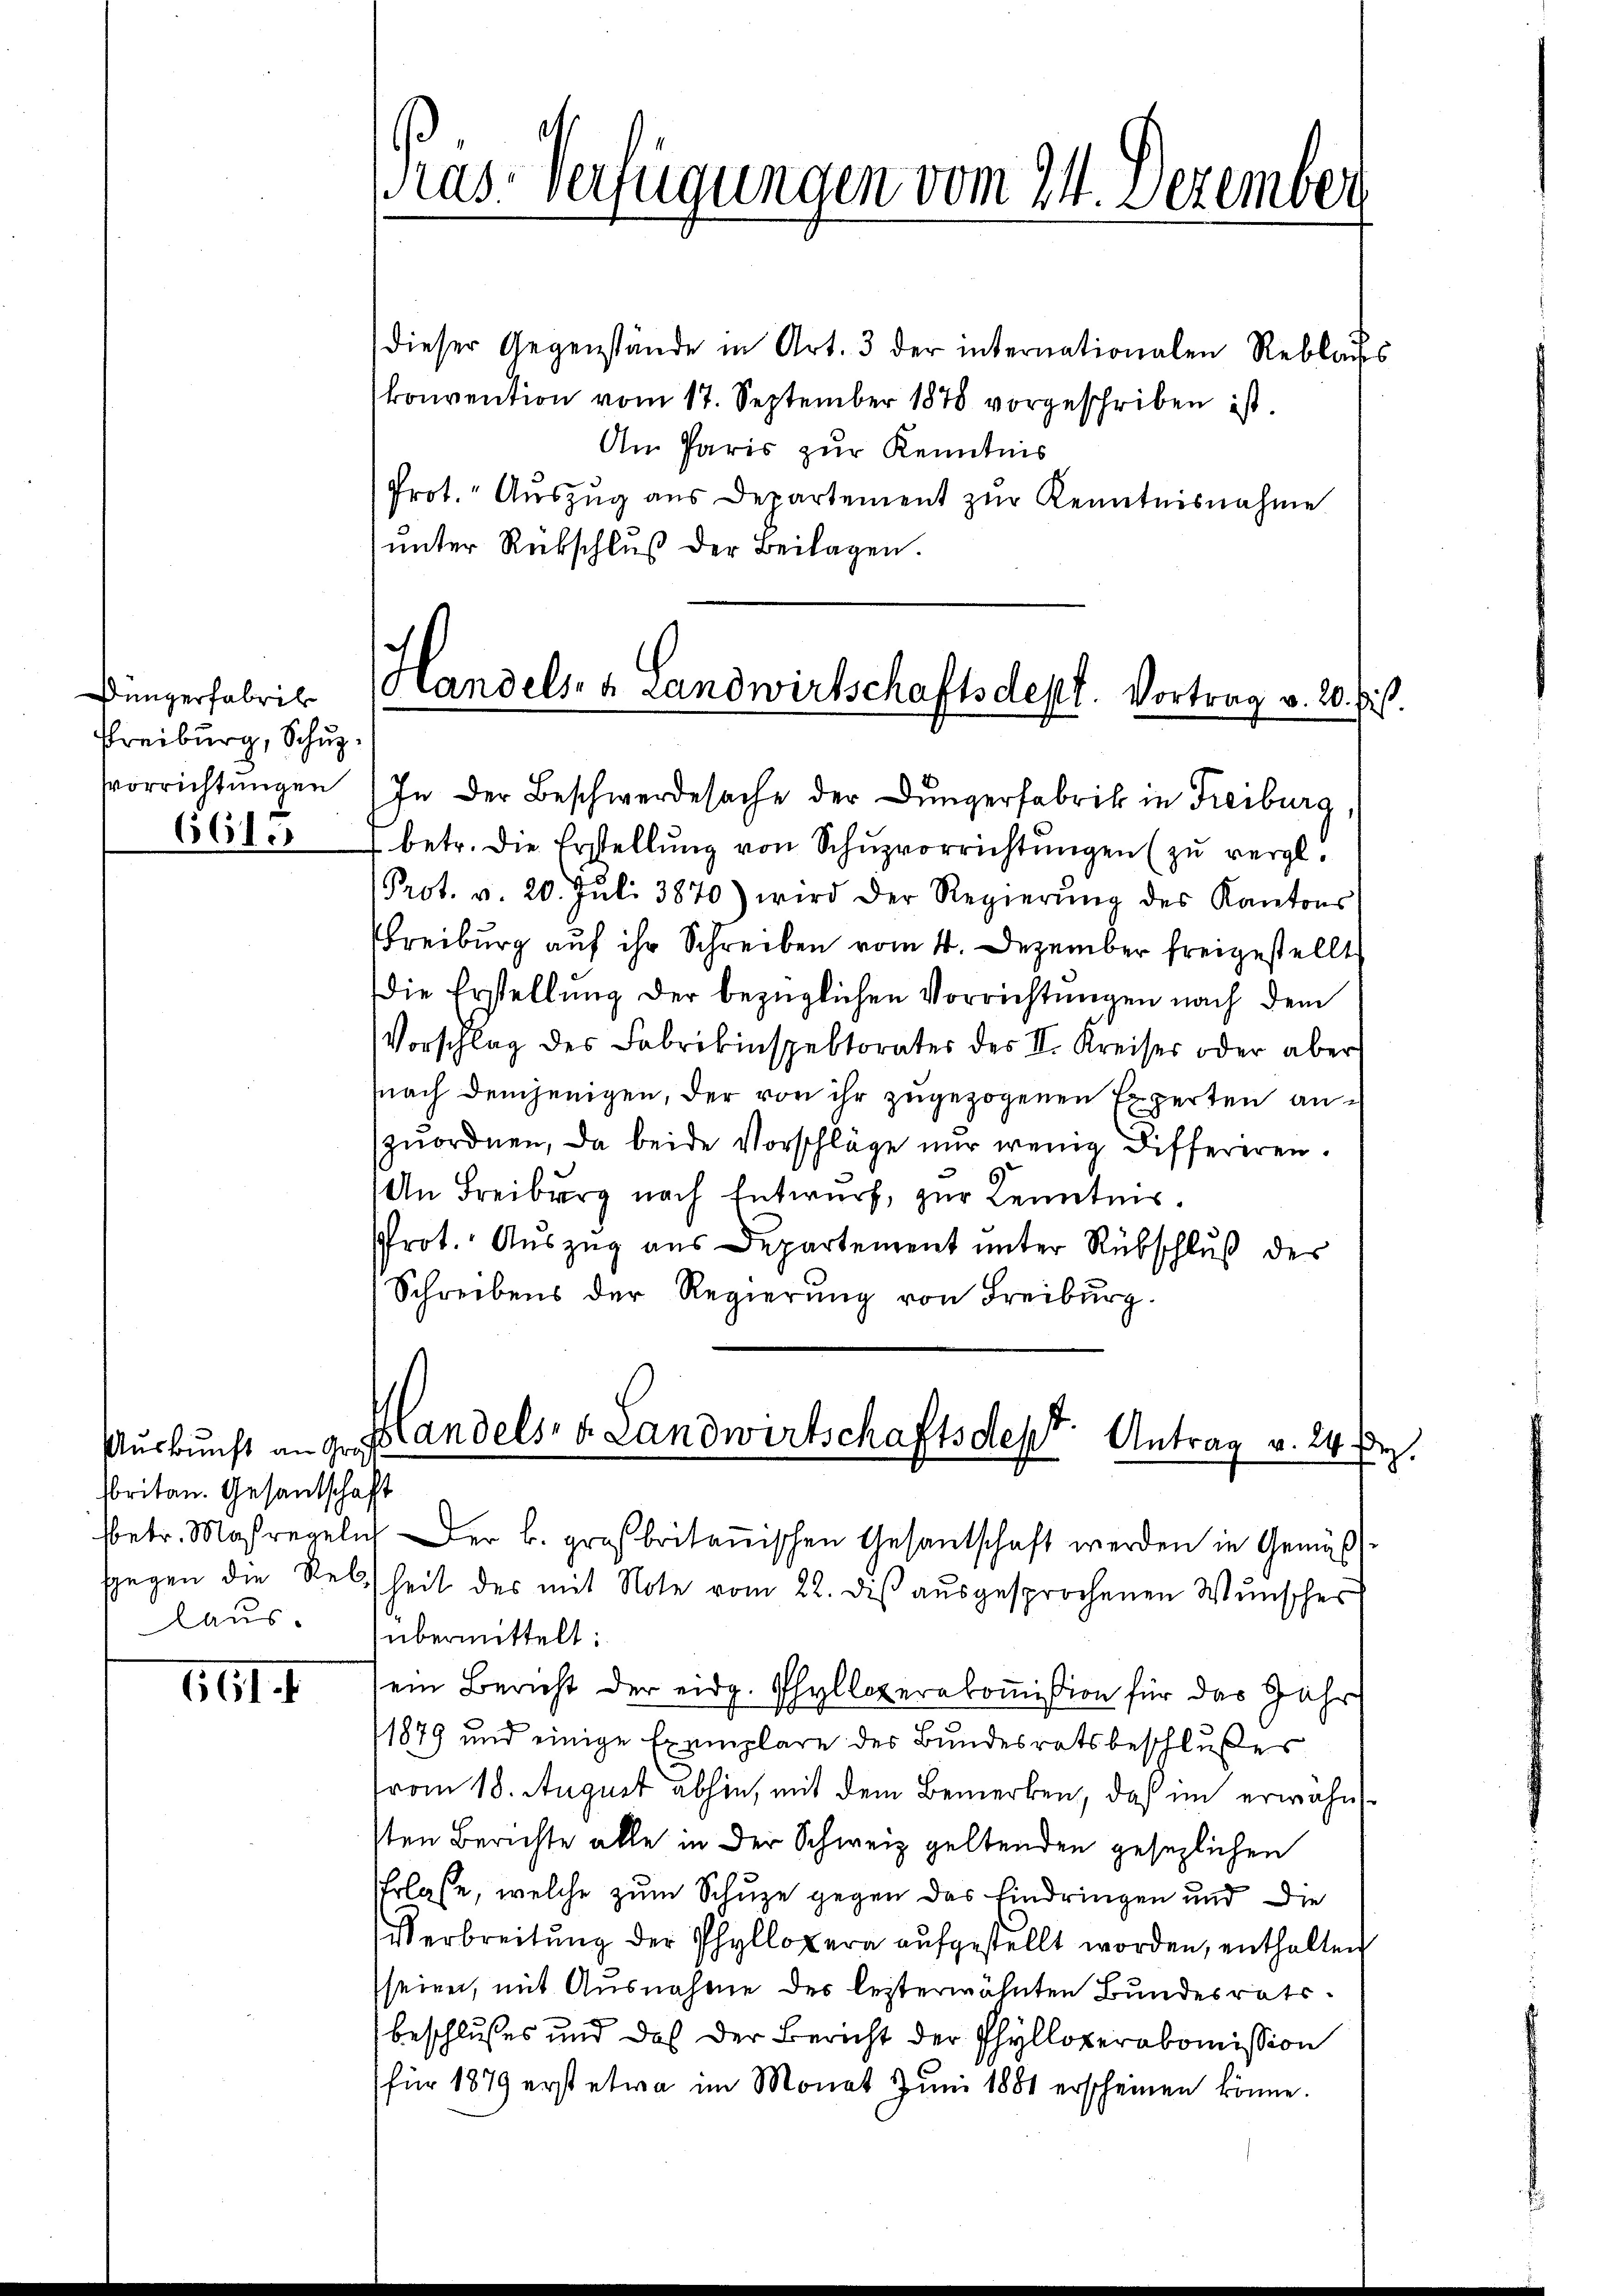
Düngerfabrik
Preiburg, Schup¬
Vorrichtungen

Auskunft an Graf
britan. Gesandtschaft
laus.

661 f

dieser Gegenstände in Art. 3 der internationalen Reblaufs
konvention vom 17. September 1878 vorgeschriben ist.
Am Paris zur Kenntnis
Prot." Aŭszŭg aŭs Departement zŭr Kenntnisnahme
ŭnter Rückschlŭβ der Beilagen.

661. betr. die Erstellŭng von Schŭzvorrichtŭngen (zu vergl.
Prot. v. 20. Juli 3870) wird der Regierŭng des Kantons
Freiburg auf ihr Schreiben vom 4. Dezember freigestellt
Die Erstellung der bezüglichen Vorrichtungen nach dem
Vorschlag des Fabrikinspektorates des II. Kreiser oder aber
nach demjenigen, der von ihr zugezogenen Experten anzuordnen, da beide Vorschläge nur wenig Differiren.
An Freiburg nach Entwurf, zur Kenntnis.
Prot. Auszug aus Departement unter Rübschluß des
Schreibens der Regierung von Freiburg.

Präs. Verfügungen vom 24. Dezember

e
Handels- & Landwirtschaftsdept. Vortrag v. 20. Eis.
In der Beschwerdesache der Düngerfabrik in Freiburg,

Handels- & Landwirtschaftsdept: Antrag v. 24. Fr.

fbetr. Massregeln der B. großbritanischen Gesantschaft werden in Gemäss-
sgegen die Relheit des mit Note vom 22. diβ aŭsgesprochenen Wŭnscher
übermittelt:
ein Bericht der eidg. Phyllozerakommißion für das Jahr
1879 und einige Exemplare des Bundesratsbeschlußes
(vom 18. August abhin, mit dem Bemerken, daß im erwähnsten Berichte alle in der Schweiz geltenden gesezlichen
Erlasse, welche zum Schuze gegen das Eindringen und die
Verbreitung der Phyllopera aufgestellt worden, enthalten
seien, mit Ausnahme des lezterwähnten Bundesratsbeschlusses und daß der Bericht der Phylloperakomission
für 1879 erst etwa im Monat Juni 1881 erscheinen könne.